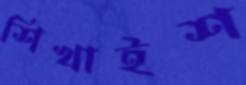
শিখাইশ